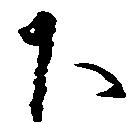
下